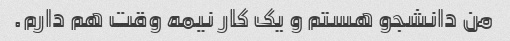
من دانشجو هستم و یک کار نیمه وقت هم دارم.